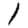
Digit: 1